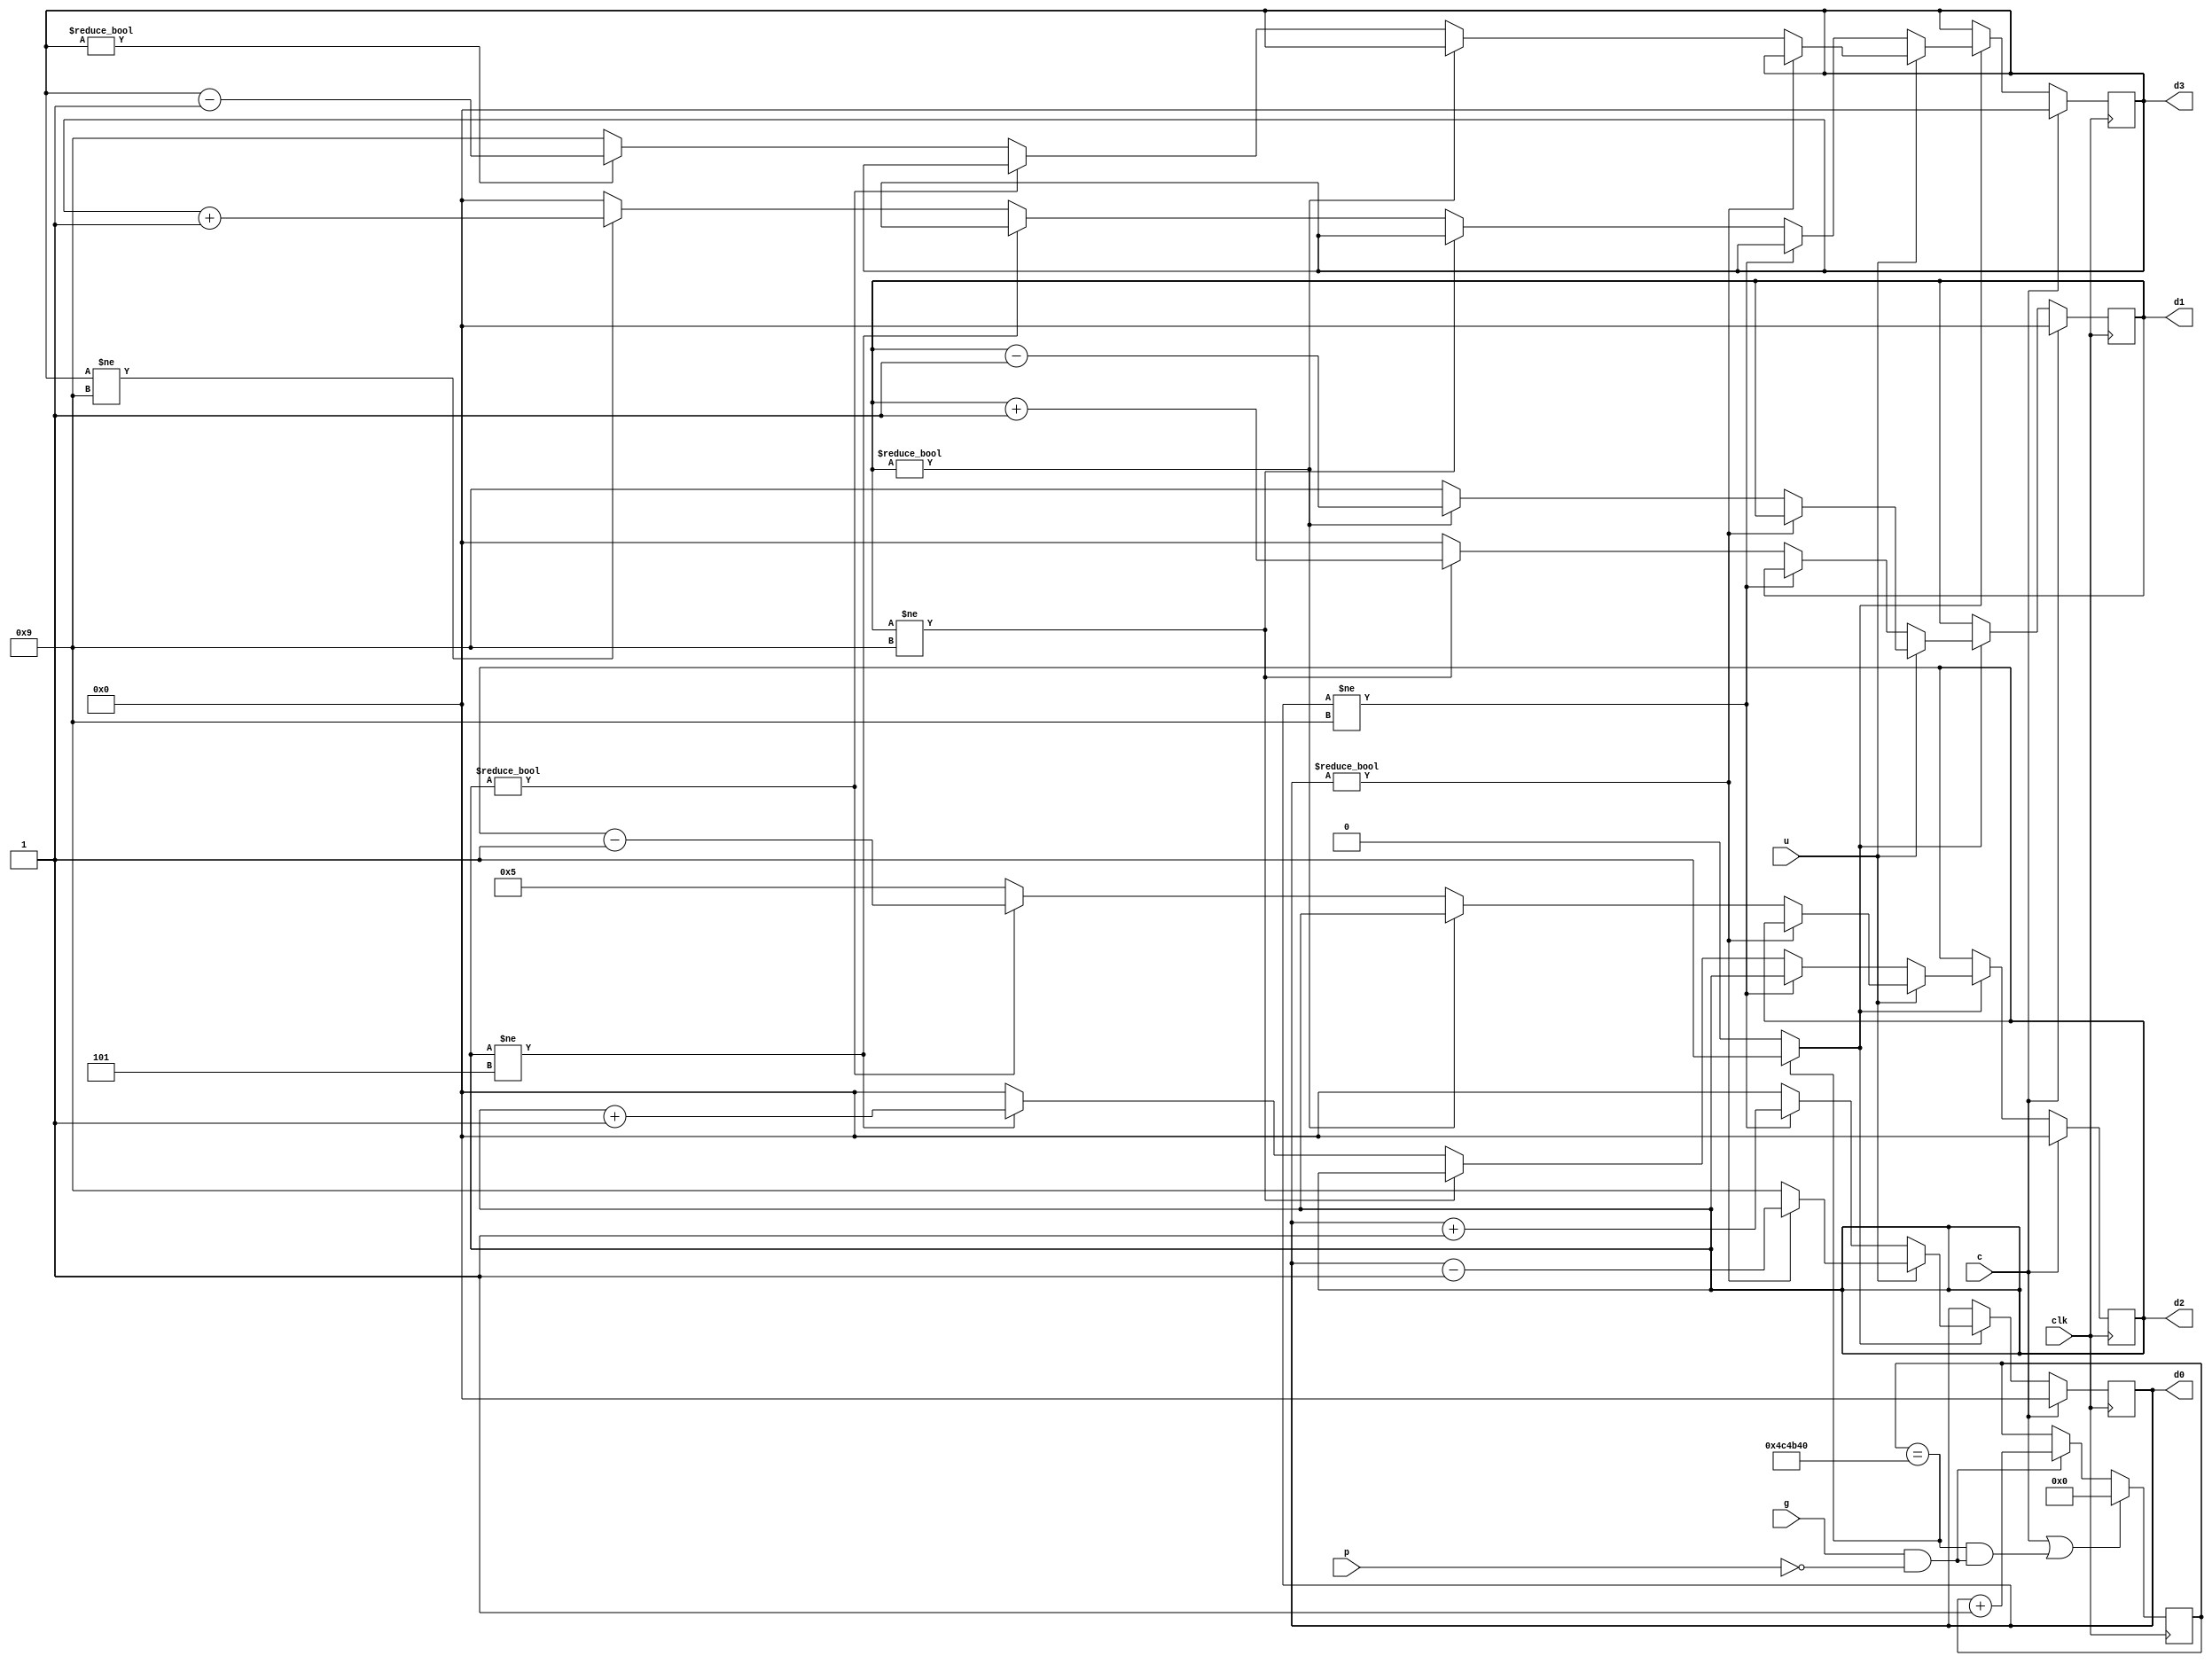
// Listing 4.18 
module stop_watch_if
   (
    input wire clk,
    //input wire [8:0]ASCII,
	 input wire g, c, u,p,
    output wire [3:0] d3, d2, d1, d0
   );
	reg inv,clr,go,pause;
	wire ms_tick;

   // declaration
   localparam  DVSR = 5000000;
   reg [22:0] ms_reg;
   wire [22:0] ms_next;
   reg [3:0] d3_reg,d2_reg, d1_reg, d0_reg;
   reg [3:0] d3_next,d2_next, d1_next, d0_next;
	
	always @(*)
	    begin
		    go=g;
			 inv=u;
			 clr=c;
			 pause=p;
			 end

   // body
   // register
   always @(posedge clk)
   begin
      ms_reg <= ms_next;
		d3_reg <= d3_next;
      d2_reg <= d2_next;
      d1_reg <= d1_next;
      d0_reg <= d0_next;
   end

   // next-state logic
   // 0.1 sec tick generator: mod-5000000
   assign ms_next = (clr || (ms_reg==DVSR && (go && !pause))) ? 4'b0 :
                    (go && !pause) ? ms_reg + 1 :
                           ms_reg;
   assign ms_tick = (ms_reg==DVSR) ? 1'b1 : 1'b0;
   // 3-digit bcd counter
   always @(*)
   begin
      // default: keep the previous value
      d0_next = d0_reg;
      d1_next = d1_reg;
      d2_next = d2_reg;
		d3_next = d3_reg;
      if (clr)
         begin
            d0_next = 4'b0;
            d1_next = 4'b0;
            d2_next = 4'b0;
				d3_next = 4'b0;
         end
      else if (ms_tick)
		   if(!inv)
			    if (d0_reg != 9)
               d0_next = d0_reg + 1;
					
             else              // reach XX9
                 begin
                    d0_next = 4'b0;
                    if (d1_reg != 9)
                       d1_next = d1_reg + 1;
               else       // reach X99
                  begin
                     d1_next = 4'b0;
                     if (d2_reg != 5) 
                          d2_next = d2_reg + 1;
                     else // reach 999	
							   begin
                           d2_next = 4'b0;
								   if (d3_reg != 9) 
                                  d3_next = d3_reg + 1;		
									else
									   begin
										   d3_next = 4'b0;
                              end
								end
                   end
					end
   
			 else
			    if (d0_reg != 0)
               d0_next = d0_reg - 1;
				 else              // reach XX9
                 begin
                    d0_next = 4'b1001;
                    if (d1_reg != 0)
                       d1_next = d1_reg - 1;
               else       // reach X99
                  begin
                     d1_next = 4'b1001;
                     if (d2_reg != 0) 
                          d2_next = d2_reg - 1;
                     else // reach 999	
							   begin
                           d2_next = 4'b0101;
								   if (d3_reg != 0) 
                                  d3_next = d3_reg - 1;		
									else
									   begin
										   d3_next = 4'b1001;			 
									    
									   end
								end
                  end
						
               end
   end

   // output logic
   assign d0 = d0_reg;
   assign d1 = d1_reg;
   assign d2 = d2_reg;
	assign d3 = d3_reg;

endmodule